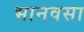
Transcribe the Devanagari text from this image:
भानवसा